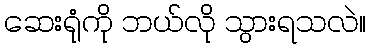
ဆေးရုံကို ဘယ်လို သွားရသလဲ။